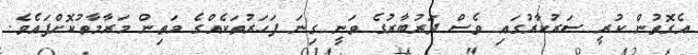
އެގޮތުން ކުރީ ސަރުކާރުގައި ވެސް ދަރުބާރުގެ ވަނީ ގިނަ ފަހަރުތަކެއްގެ މަތިން މަރާމާތުކޮށްފައެވެ.